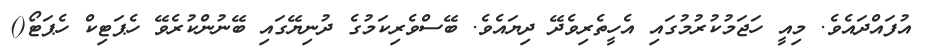
އުފައްދައެވެ. މިއީ ހަޖަމުކުރުމުގައި އެހީތެރިވެދޭ ދިޔައެވެ. ބޭސްވެރިކަމުގެ ދުނިޔޭގައި ބޭނުންކުރެވޭ ހެޕަޓިކް ހެޕަޓޯ()